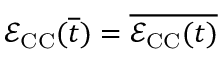
\mathcal { E } _ { \mathrm { C C } } ( \overline { { t } } ) = \overline { { \mathcal { E } _ { \mathrm { C C } } ( t ) } }